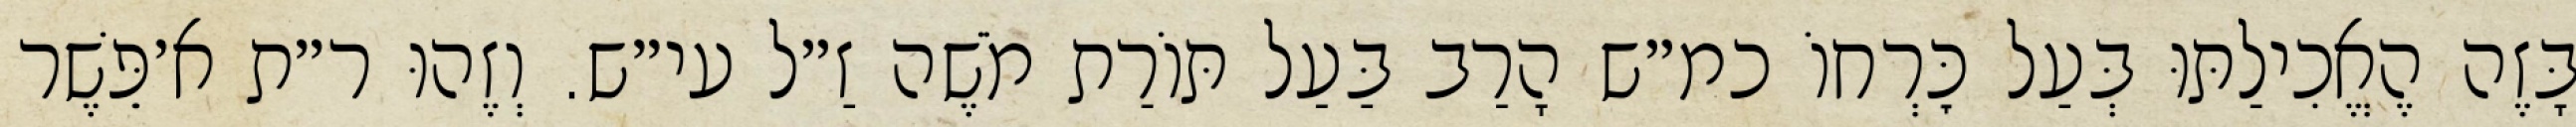
בָּזֶה הֶאֱכִילַתּוּ בְּעַל כׇּרְחוֹ כמ״ש הָרַב בַּעַל תּוֹרַת מֹשֶׁה זַ״ל עי״ש. וְזֶהוּ ר״ת א׳פֵּשֶׁר